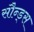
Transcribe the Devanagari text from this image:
सौन्ड्स